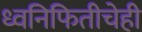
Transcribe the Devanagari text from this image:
ध्वनिफितीचेही